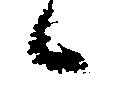
候